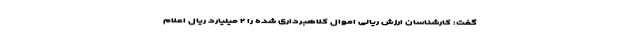
گفت: کارشناسان ارزش ریالی اموال کلاهبرداری شده را ۲ میلیارد ریال اعلام